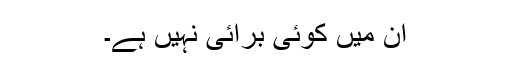
ان میں کوئی برائی نہیں ہے۔